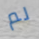
لم